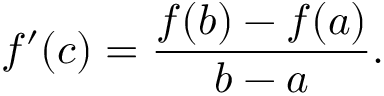
f ^ { \prime } ( c ) = { \frac { f ( b ) - f ( a ) } { b - a } } .